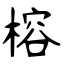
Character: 榕